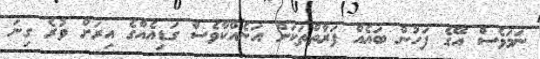
ނަމަވެސް އޭގެ ފަހުން ބައެއް ފަރާތްތަކަށް އަނެއްކާވެސް ގަޑިއެއްގެ އިރަށް ވުރެ ގިނަ